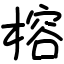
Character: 榕